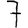
Digit: 7